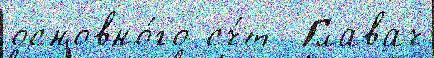
основно́го сч́т  Главач